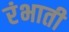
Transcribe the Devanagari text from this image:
रंभाती